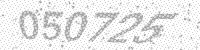
Solution: 050725